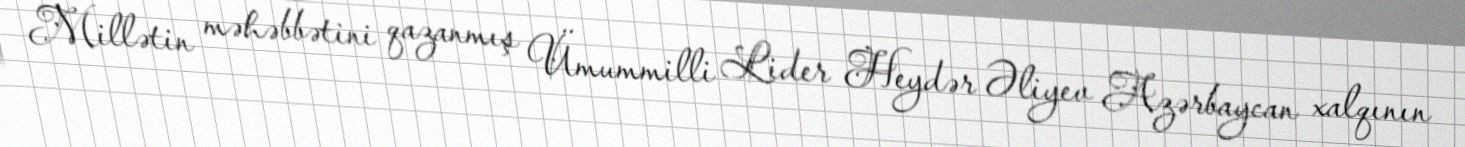
Millətin məhəbbətini qazanmış Ümummilli Lider Heydər Əliyev Azərbaycan xalqının